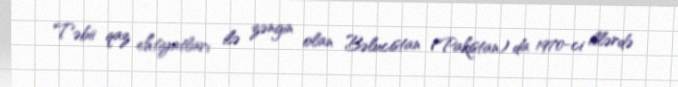
Təbii qaz ehtiyatları ilə zəngin olan Bəlucistan (Pakistan) da 1970-ci illərdə